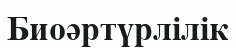
Биоәртүрлілік